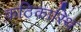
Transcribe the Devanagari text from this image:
कठिकास्थि